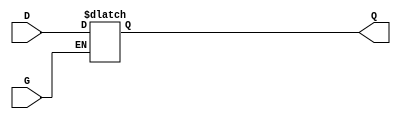
module GatedTransparentLatch (
    input wire D,      // Data Input
    input wire G,      // Gate/Enable Input
    output reg Q       // Output
);

// Always block to implement the latch behavior
always @(*) begin
    if (G) begin
        // When G is high, Q follows D
        Q = D;
    end
    // When G is low, Q retains its last value (hold state)
end

endmodule